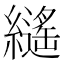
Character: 𦆸